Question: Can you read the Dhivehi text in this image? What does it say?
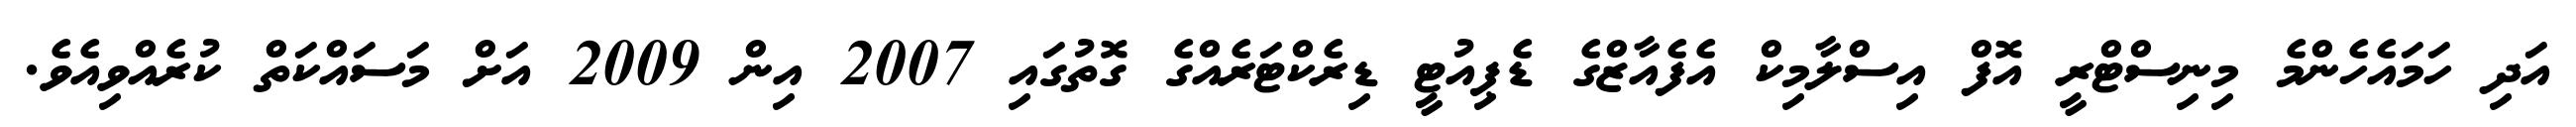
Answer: އަދި ހަމައެހެންމެ މިނިސްޓްރީ އޮފް އިސްލާމިކް އެފެއާޒްގެ ޑެޕިއުޓީ ޑިރެކްޓަރެއްގެ ގޮތުގައި 2007 އިން 2009 އަށް މަސައްކަތް ކުރެއްވިއެވެ.